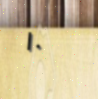
١٠